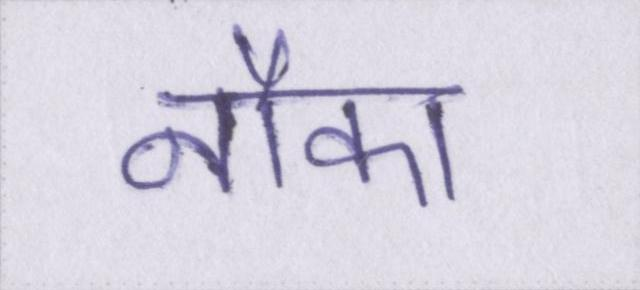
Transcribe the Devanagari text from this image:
नौका